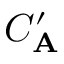
C _ { \mathbf { A } } ^ { \prime }